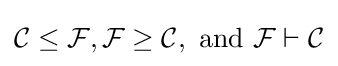
{\mathcal {C}}\leq {\mathcal {F}},{\mathcal {F}}\geq {\mathcal {C}},{\text{ and }}{\mathcal {F}}\vdash {\mathcal {C}}